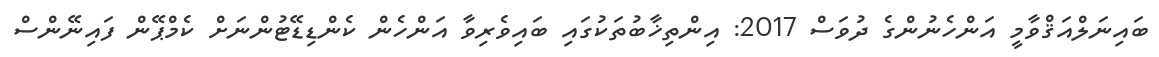
ބައިނަލްއަޤްވާމީ އަންހެނުންގެ ދުވަސް 2017: އިންތިޚާބުތަކުގައި ބައިވެރިވާ އަންހެން ކެންޑިޑޭޓުންނަށް ކެމްޕޭން ފައިނޭންސް